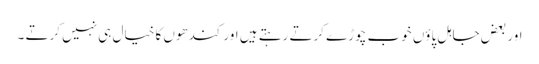
اور بعض جاہل پاؤں خوب چوڑے کرتے رہتے ہیں اور کندھوں کا خیال ہی نہیں کرتے ۔